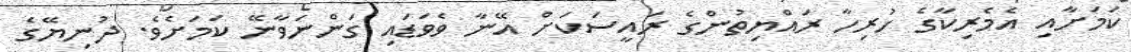
ކަމަށާއި އެމެރިކާގެ ހުރިހާ ރައްޔިތުންގެ ރައީސަކަށް އޭނާ ވެވަޑައި ގަންނަވާނޭ ކަމަށެވެ. ދުނިޔޭގެ